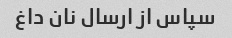
سپاس از ارسال نان داغ